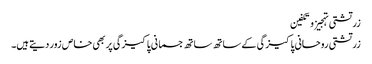
زرتشتی تہجیز و تکفین
زرتشتی روحانی پاکیزگی کے ساتھ ساتھ جسمانی پاکیزگی پر بھی خاص زور دیتے ہیں۔